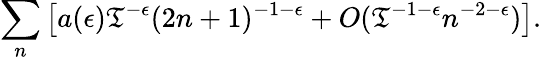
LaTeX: \sum_{n}\left[a(\epsilon)\mathfrak{T}^{-\epsilon}(2n+1)^{-1-\epsilon}+O(\mathfrak{T}^{-1-\epsilon}n^{-2-\epsilon})\right].